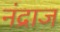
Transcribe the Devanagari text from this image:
नंद्राज